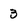
Character: 3